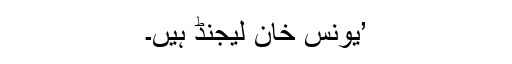
’یونس خان لیجنڈ ہیں۔